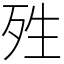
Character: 殅